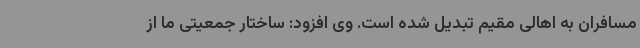
مسافران به اهالی مقیم تبدیل شده است. وی افزود: ساختار جمعیتی ما از